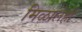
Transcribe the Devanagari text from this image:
मिळालेही